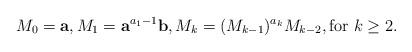
LaTeX: \begin{align*}M_0 = {\bf a}, M_1 = {\bf a}^{a_1 - 1} {\bf b}, M_{k} = (M_{k-1})^{a_{k}} M_{k-2}, \hbox{for $k \ge 2$}. \end{align*}